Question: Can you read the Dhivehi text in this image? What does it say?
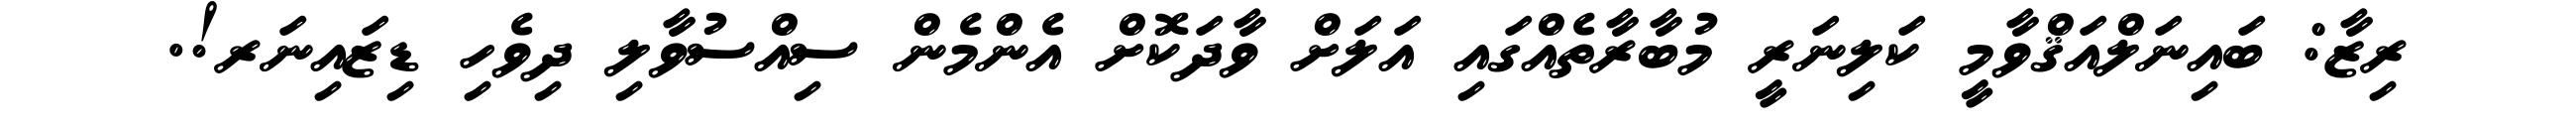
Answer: ރިޒާ: ބައިނަލްއަޤްވާމީ ކަލިނަރީ މުބާރާތެއްގައި އަލަށް ވާދަކޮށް އެންމެން ސިއްސުވާލި ދިވެހި ޑިޒައިނަރ!.